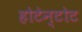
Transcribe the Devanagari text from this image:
होटेन्टोट